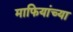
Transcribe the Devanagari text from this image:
माफियांच्या